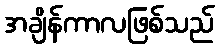
အချိန်ကာလဖြစ်သည်